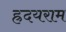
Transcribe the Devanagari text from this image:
ह्रदयराम